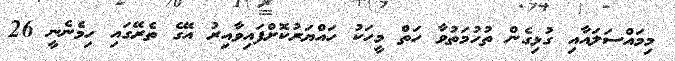
މިމައްސަލައާއި ގުޅިގެން ތުހުމަތުވާ ހަތް މީހަކު ހައްޔަރުކޮށްފައިވާއިރު އޭގެ ތެރޭގައި ހިމެނެނީ 26